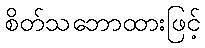
စိတ်သဘောထားဖြင့်